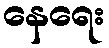
နေရေး